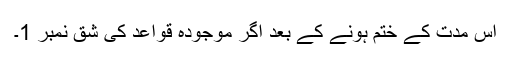
اس مدت کے ختم ہونے کے بعد اگر موجودہ قواعد کی شق نمبر 1۔